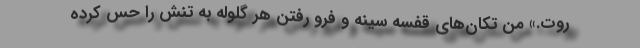
روت.» من تکان‌های قفسه سینه و فرو رفتن هر گلوله به تنش را حس کرده